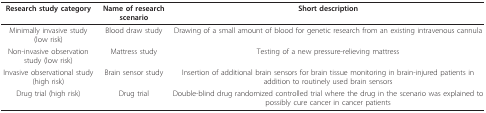
<table><thead><tr><td><b>Research study category</b></td><td><b>Name of research scenario</b></td><td><b>Short description</b></td></tr></thead><tbody><tr><td>Minimally invasive study (low risk)</td><td>Blood draw study</td><td>Drawing of a small amount of blood for genetic research from an existing intravenous cannula</td></tr><tr><td>Non-invasive observation study (low risk)</td><td>Mattress study</td><td>Testing of a new pressure-relieving mattress</td></tr><tr><td>Invasive observational study (high risk)</td><td>Brain sensor study</td><td>Insertion of additional brain sensors for brain tissue monitoring in brain-injured patients in addition to routinely used brain sensors</td></tr><tr><td>Drug trial (high risk)</td><td>Drug trial</td><td>Double-blind drug randomized controlled trial where the drug in the scenario was explained to possibly cure cancer in cancer patients</td></tr></tbody></table>